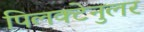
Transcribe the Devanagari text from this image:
पिलक्टेनुलर